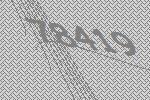
78419